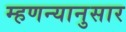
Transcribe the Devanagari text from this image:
म्हणन्यानुसार